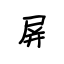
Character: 屏